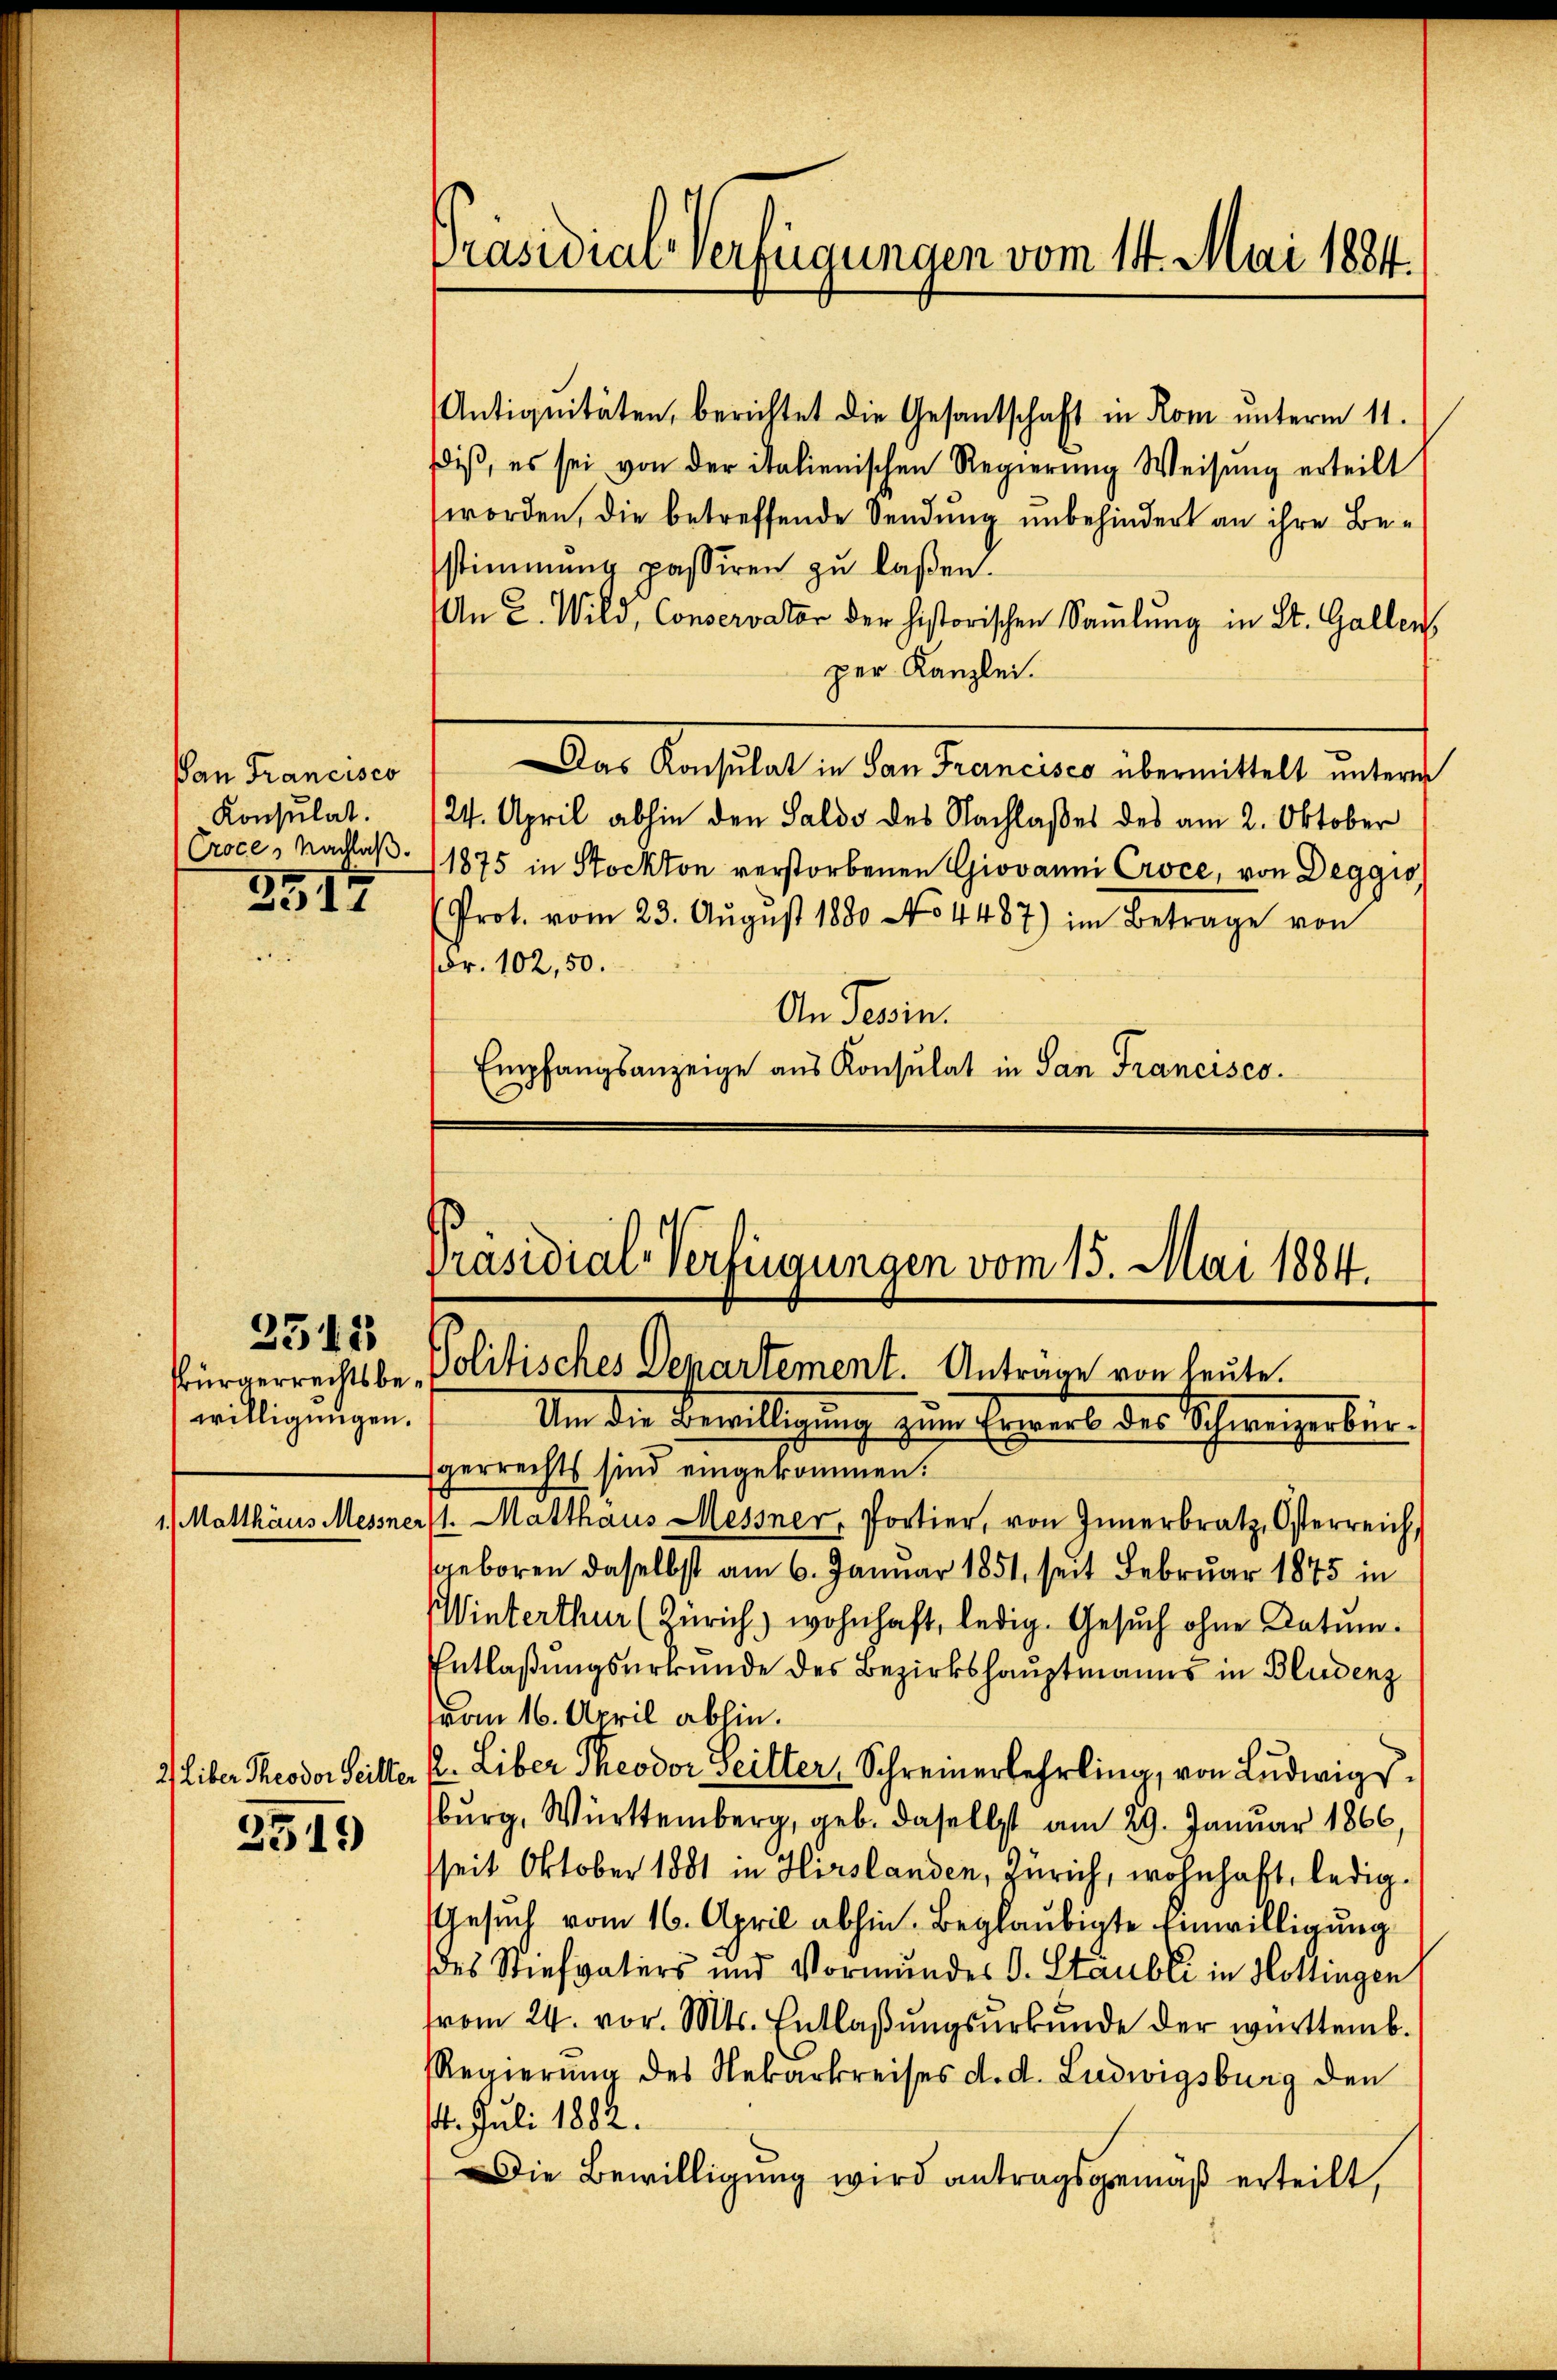
Pan Francisco
Konsulat.
Croce, Nachlaß

3517

2512
willigungen.

Matthäus Mess

2549

2) Liber Theodor Seitter

Präsidica verfügungen vom 14. Mai 1884.

Antiquitäten, berichtet die Gesantschaft in Rom unterm 11.
diβ, es sei von der italienischen Regierŭng Weisŭng erteilt
worden, die betreffende Sendung unbehindert an ihre Bestimmung passiren zŭ lassen.
An 2. Wild, Conservator der historischen Sammlung in St. Gallen
per Kanzlei.
Das Konsulat in San Francisco übermittelt unterm
24. April abhin den Saldo des Nachlaßes des am 2. Oktober
1875 in Stockton verstorbenen Giovanni Croce, von Deggio
(Prot. vom 23. Aŭgŭst 1880 No 4487) im Betrage von
(Fr. 102, 50.
An Tessin.
Empfangsanzeige aus Konsulat in San Francisco

Präsidial-Verfügungen vom 15. Mai 1884.
Bürgerrechtsbe-Politisches Departement. Antrage von heute.

Um die Bewilligung zum Erweis der Schweizerbür¬

gerrechts sind eingekommen.
nerst. Matthaus Messner, Portier, von Innerbratz, Österreich,
geboren daselbst am 6. Januar 1851, seit Februar 1875 in
Winterthur (Zürich) wohnhaft, ledig. Gesuch ohne Datum.
Entlaßungsurkunde des Bezirkshauptmanns in Bludenz
vom 16. April abhin.
l. Liber Theodor Seilter, Schreinerlehrling, von Ludwigsburg, Württemberg, geb. daselbst am 29. Januar 1866
seit Oktober 1881 in Hirslanden, Zürich, wohnhaft, ledig¬
Gesuch vom 16. April abhin. Beglaubigte Einwilligung
des Stiefvaters und Vormundes C. Staubli in Hottingen
vom 24. vor. Mts. Entlaβŭngsŭrkŭnde der württemb.
Regierung des Nekarkreises d. d. Ludwigsburg den
t. Juli 1882.
Die Bewilligung wird antragsgemäß erteilt,